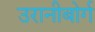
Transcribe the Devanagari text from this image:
उरानीबोर्ग